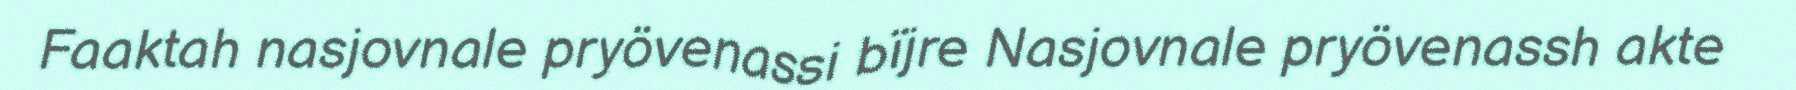
Faaktah nasjovnale pryövenassi bïjre Nasjovnale pryövenassh akte